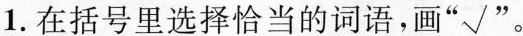
1.在括号里选择恰当的词语，画”√”。